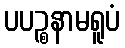
ပပဉ္စနာမရူပံ